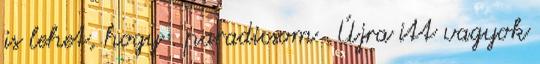
is lehet, hogy . paradicsom . Újra itt vagyok